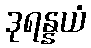
ဒုရန္နယံ